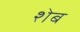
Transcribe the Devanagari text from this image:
शेब